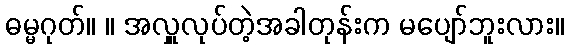
ဓမ္မဂုတ်။ ။ အလှူလုပ်တဲ့အခါတုန်းက မပျော်ဘူးလား။